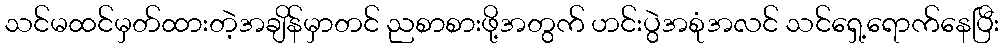
သင်မထင်မှတ်ထားတဲ့အချိန်မှာတင် ညစာစားဖို့အတွက် ဟင်းပွဲအစုံအလင် သင်ရှေ့ရောက်နေပြီး